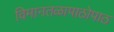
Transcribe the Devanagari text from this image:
विमानतळापाठोपाठ